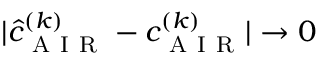
| \hat { c } _ { \mathrm { ~ A ~ I ~ R ~ } } ^ { ( k ) } - c _ { \mathrm { ~ A ~ I ~ R ~ } } ^ { ( k ) } | \to 0